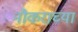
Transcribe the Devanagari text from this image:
नौकराच्या